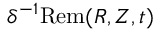
\delta ^ { - 1 } \mathrm { R e m } ( R , Z , t )